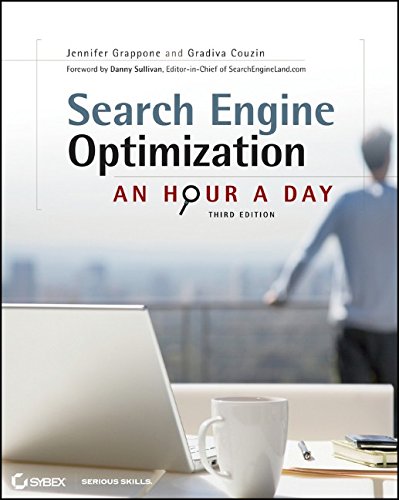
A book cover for Search Engine Optimization (SEO): An Hour a Day; Jennifer Grappone; Computers & Technology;